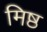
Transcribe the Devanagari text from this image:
मिष्ठ